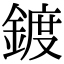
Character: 鍍